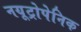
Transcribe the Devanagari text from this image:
नयूट्रोपेनिक